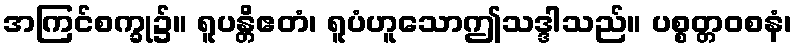
အကြင်စက္ခု၌။ ရူပန္တိဧတံ၊ ရူပံဟူသောဤသဒ္ဒါသည်။ ပစ္စတ္တဝစနံ၊